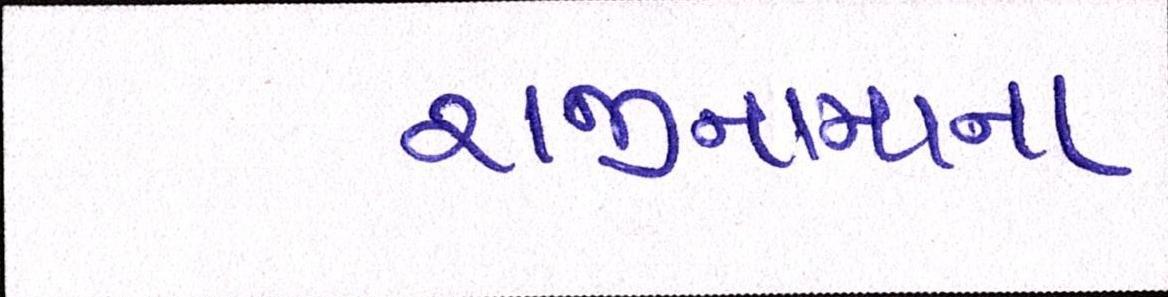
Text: રાજીનામાના